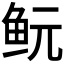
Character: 𱇐